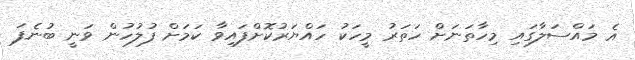
އެ މައްސަލާގައި މިހާތަނަށް ހަތަރު މީހަކު ހައްޔަރުކޮށްފައިވާ ކަމަށް ފުލުހުން ވަނީ ބުނެފަ